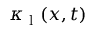
\kappa _ { \mathrm { ~ l ~ } } ( \boldsymbol { x } , t )